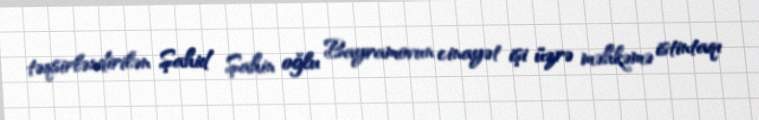
təqsirləndirilən Şahid Şahin oğlu Bayramovun cinayət işi üzrə məhkəmə istintaqı